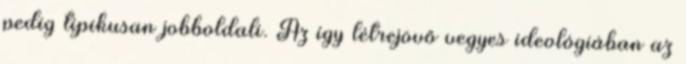
pedig tipikusan jobboldali. Az így létrejövő vegyes ideológiában az